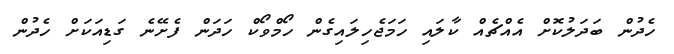
ހެދުން ބަދަލުކޮށް އެއްޗެއް ކާލައި ހަމަޖެހިލައިގެން ހޯމްވޯކް ހަދަން ފެށޭނެ ގަޑިއަކަށް ހެދުން